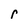
Character: r